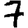
Digit: 7